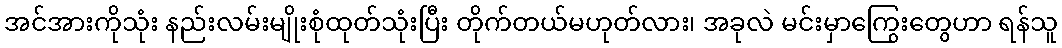
အင်အားကိုသုံး နည်းလမ်းမျိုးစုံထုတ်သုံးပြီး တိုက်တယ်မဟုတ်လား၊ အခုလဲ မင်းမှာကြွေးတွေဟာ ရန်သူ